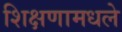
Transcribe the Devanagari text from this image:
शिक्षणामधले